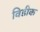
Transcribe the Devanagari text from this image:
विडीक